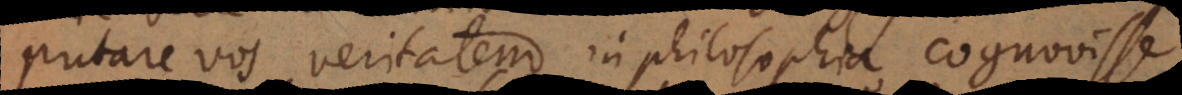
putare vos veritatem in philosophia cognovisse,